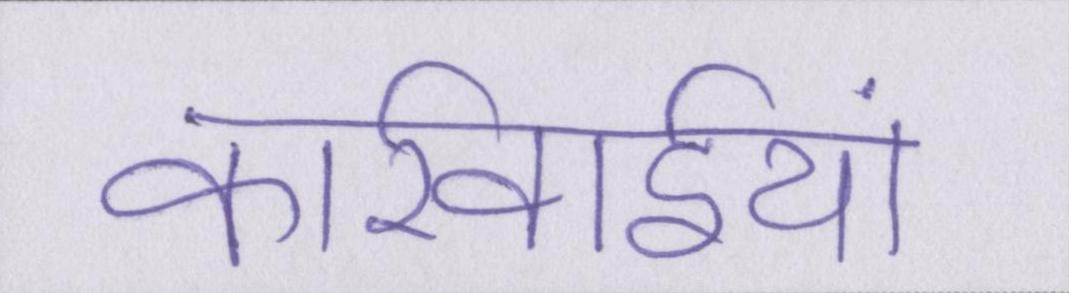
कार्रवाईयां